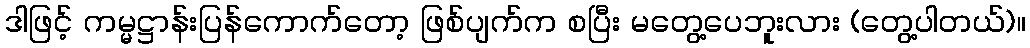
ဒါဖြင့် ကမ္မဋ္ဌာန်းပြန်ကောက်တော့ ဖြစ်ပျက်က စပြီး မတွေ့ပေဘူးလား (တွေ့ပါတယ်)။